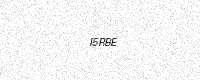
Text: I5RBE